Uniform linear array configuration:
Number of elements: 4
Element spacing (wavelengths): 0.75
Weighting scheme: binomial
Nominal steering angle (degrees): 45
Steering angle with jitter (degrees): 46.408
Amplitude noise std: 0.05
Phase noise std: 0.05

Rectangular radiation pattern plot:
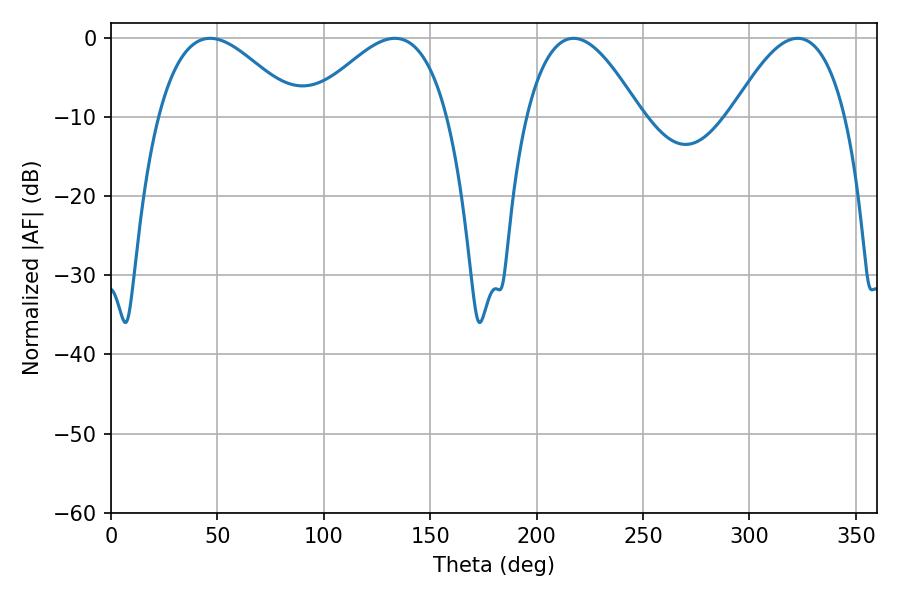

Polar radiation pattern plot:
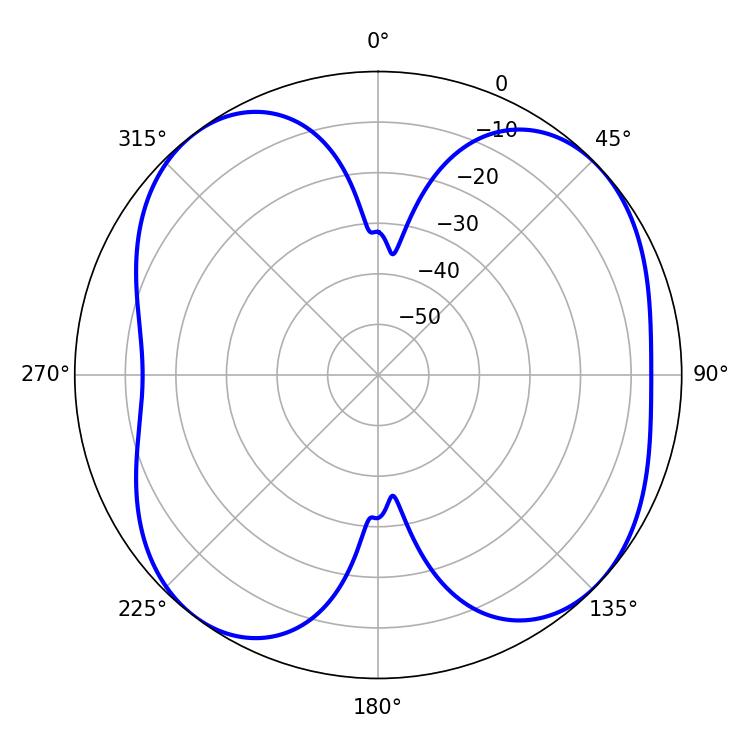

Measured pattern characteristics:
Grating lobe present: TRUE
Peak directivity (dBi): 8.034
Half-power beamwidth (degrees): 35.46
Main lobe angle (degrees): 46.62